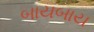
બાયબાય